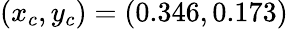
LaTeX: (x_{c},y_{c})=(0.346,0.173)